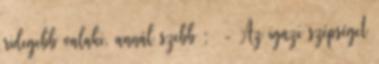
ridegebb valaki, annál szebb : - Az igazi szépséget